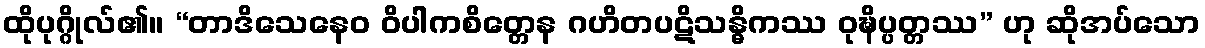
ထိုပုဂ္ဂိုလ်၏။ “တာဒိသေနေဝ ဝိပါကစိတ္တေန ဂဟိတပဋိသန္ဓိကဿ ဝုဍ္ဎိပ္ပတ္တဿ” ဟု ဆိုအပ်သော